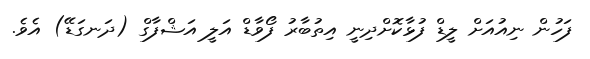
ފަހުން ނިއުއަށް ލީޑް ފުޅާކޮށްދިނީ އިތުބާރު ފޯވާޑް އަލީ އަޝްފާގް (ދަނގަޑޭ) އެވެ.